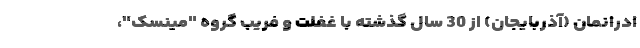
ادرانمان (آذربایجان) از 30 سال گذشته با غفلت و فریب گروه "مینسک"،